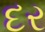
દર